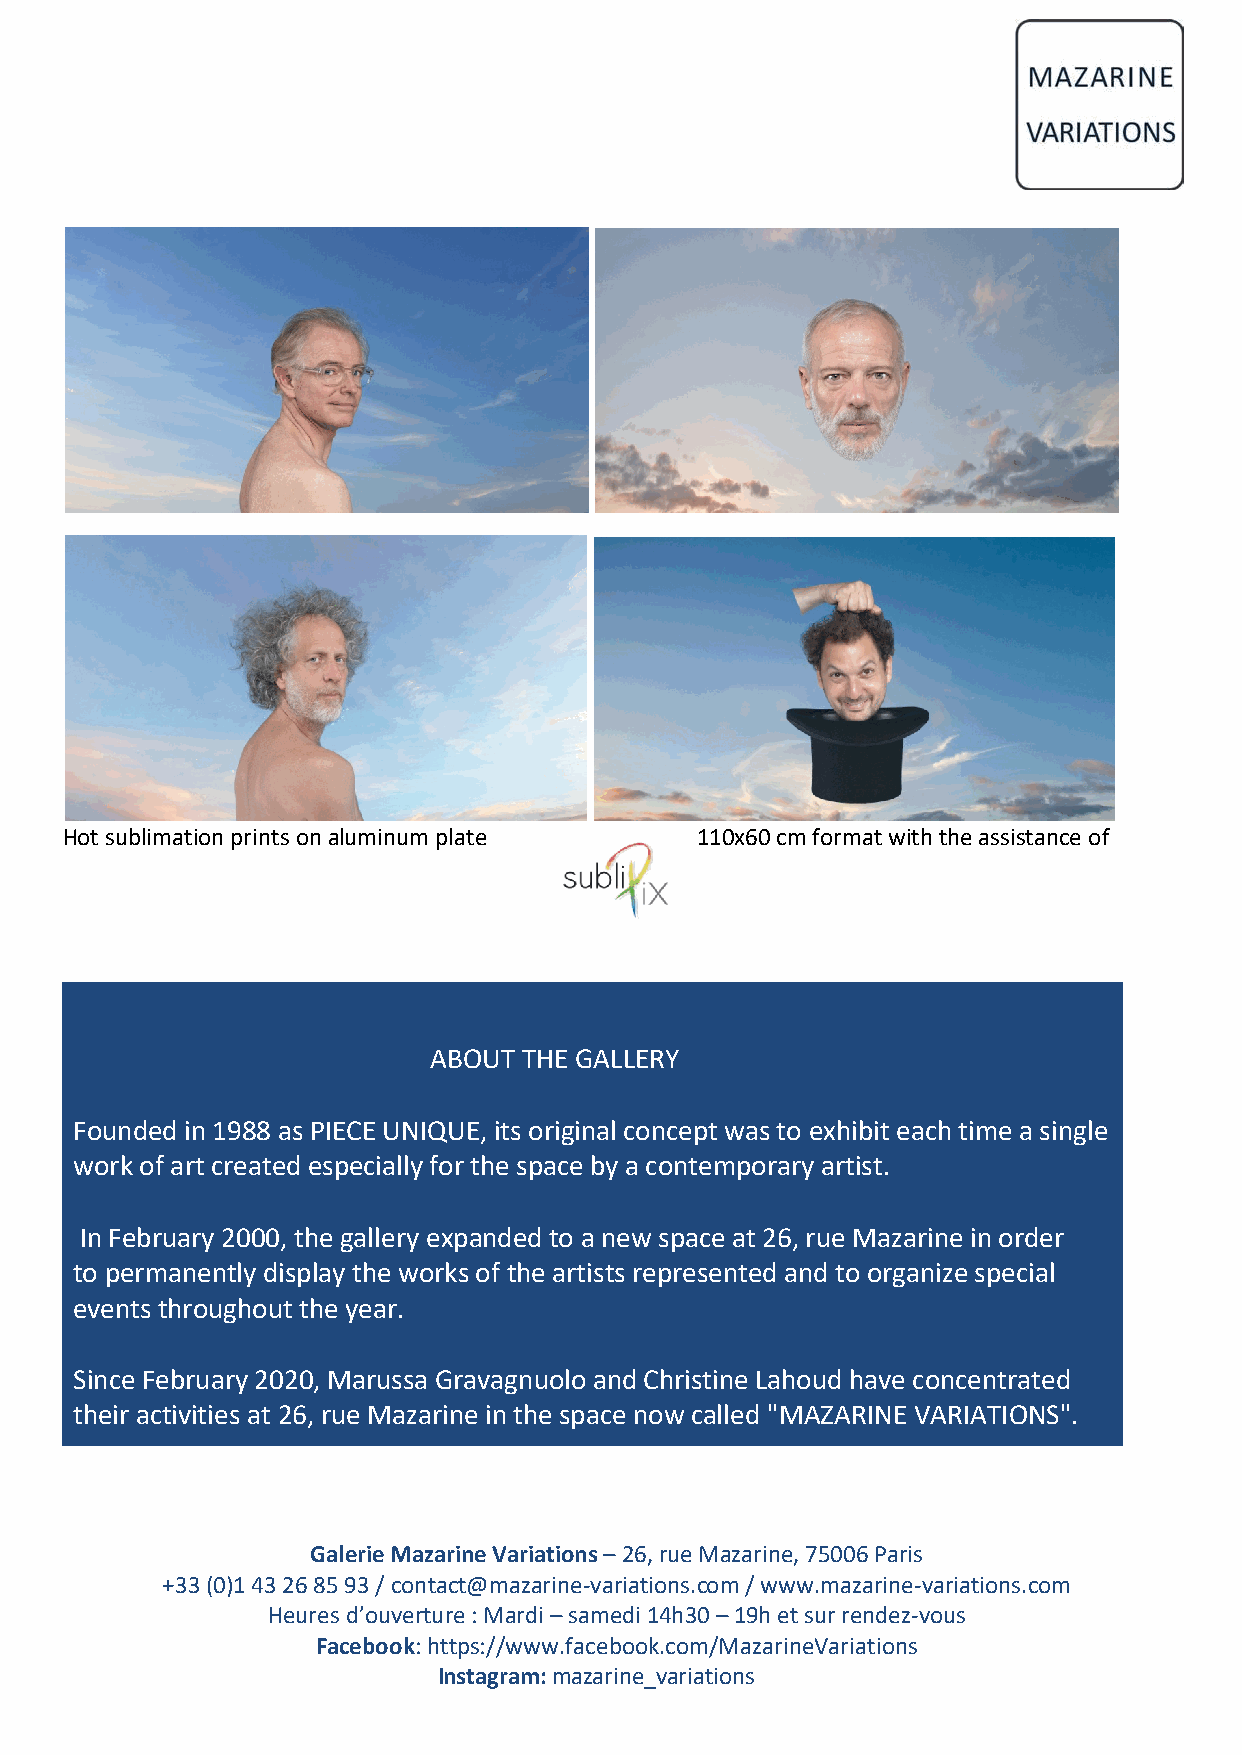
Hot sublimation prints on aluminum plate  110x60 cm format with the assistance of
 ABOUT  THE GALLERY
 Founded in 1988 as PIECE UNIQUE, its original concept was to exhibit each time a single
 work of art created especially for the space by a contemporary artist.
 In February 2000, the gallery expanded to a new space at 26, rue Mazarine in order
 to permanently display the works of the artists represented and to organize special
 events throughout the year.
 Since February 2020, Marussa Gravagnuolo and Christine Lahoud have concentrated
 their activities at 26, rue Mazarine in the space now called "MAZARINE VARIATIONS".
 Galerie Mazarine Variations – 26, rue Mazarine, 75006 Paris
 +33 (0)1 43 26 85 93 / contact@mazarine-variations.com / www.mazarine-variations.com
 Heures d’ouverture : Mardi – samedi 14h30 – 19h et sur rendez-vous
 Facebook: https://www.facebook.com/MazarineVariations
 Instagram: mazarine_variations